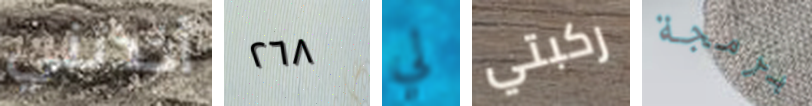
أخذتني ٢٦٨ لي ركبتي برمجة